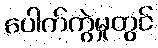
ပေါက်ကွဲမှုတွင်